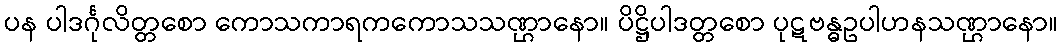
ပန ပါဒင်္ဂုလိတ္တစော ကောသကာရကကောသသဏ္ဌာနော။ ပိဋ္ဌိပါဒတ္တစော ပုဋဗန္ဓဥပါဟနသဏ္ဌာနော။